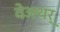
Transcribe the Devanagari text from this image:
वेअथर्